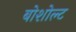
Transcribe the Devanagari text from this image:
बोशोल्ट